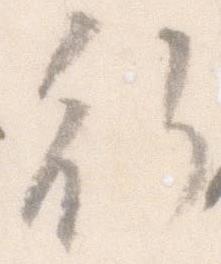
行